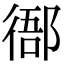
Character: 𢔴